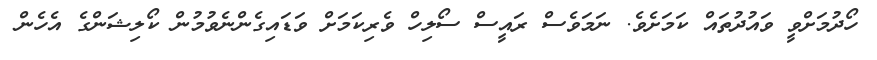
ހޯދުމަށްވީ ވައުދުތައް ކަމަށެވެ. ނަމަވެސް ރައީސް ސޯލިހް ވެރިކަމަށް ވަޑައިގެންނެވުމުން ކޯލިޝަންގެ އެހެން